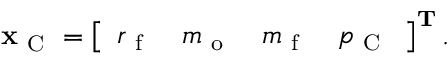
\mathbf { x } _ { \mathrm { ~ C ~ } } = \left[ \begin{array} { l l l l } { r _ { \mathrm { ~ f ~ } } } & { m _ { \mathrm { ~ o ~ } } } & { m _ { \mathrm { ~ f ~ } } } & { p _ { \mathrm { ~ C ~ } } } \end{array} \right] ^ { \mathbf { T } } .